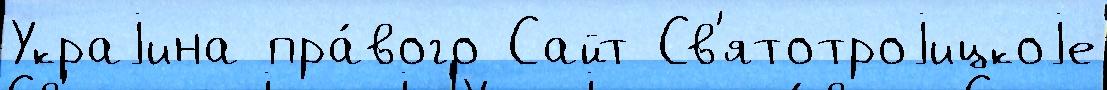
Украjина пра́вого Сайт Св'ятотроjицкоjе